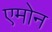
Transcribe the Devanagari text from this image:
एमोन